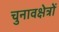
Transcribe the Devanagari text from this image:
चुनावक्षेत्रों